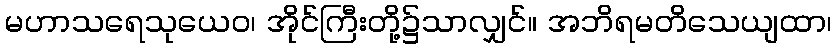
မဟာသရေသုယေဝ၊ အိုင်ကြီးတို့၌သာလျှင်။ အဘိရမတိသေယျထာ၊